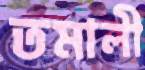
তমালী